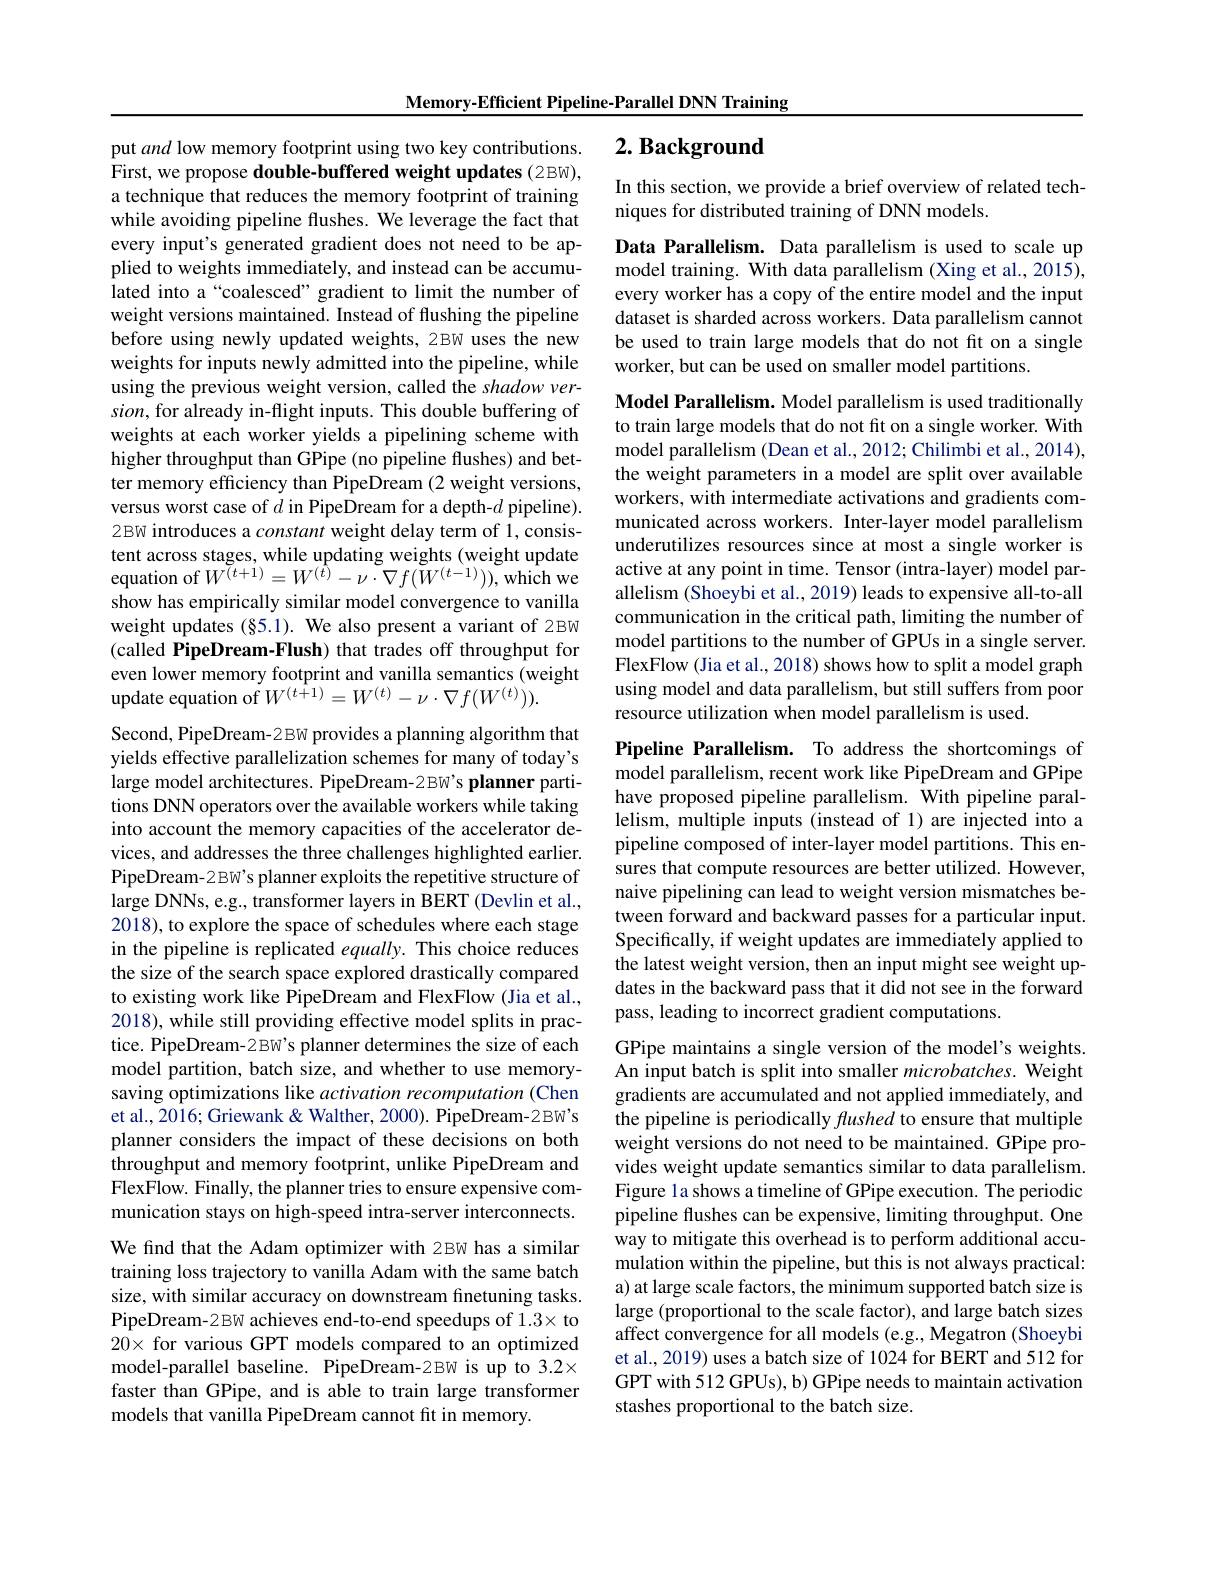
Memory-Efficient Pipeline-Parallel DNN Training

# 2. Background

In this section, we provide a brief overview of related tech-
niques for distributed training of DNN models.

Data Parallelism. Data parallelism is used to scale up model training. With data parallelism (Xing et al., 2015), every worker has a copy of the entire model and the input dataset is sharded across workers. Data parallelism cannot be used to train large models that do not fit on a single worker, but can be used on smaller model partitions.

put and low memory footprint using two key contributions. $\hat{\text{First, we propose double-buffered weight updates (2BW),}}$ a technique that reduces the memory footprint of training while avoiding pipeline flushes. We leverage the fact that every input's generated gradient does not need to be applied to weights immediately, and instead can be accumulated into a“coalesced”gradient to limit the number of weight versions maintained. Instead of flushing the pipeline before using newly updated weights, 2BW uses the new weights for inputs newly admitted into the pipeline, while using the previous weight version, called the shadow ver- $sion$, for already in-flight inputs. This double buffering of weights at each worker yields a pipelining scheme with higher throughput than GPipe (no pipeline flushes) and better memory efficiency than PipeDream (2 weight versions, versus worst case of $d$ in PipeDream for a depth-$d$ pipeline). 2BW introduces a constant weight delay term of 1, consistent across stages, while updating weights (weight update equation of $W^{(t+1)}=W^{(t)}-\nu\cdot\nabla f(W^{(t-1)}))$, which we show has empirically similar model convergence to vanilla weight updates (§5.1). We also present a variant of 2BW (called PipeDream-Flush) that trades off throughput for even lower memory footprint and vanilla semantics (weight update equation of $W^{(t+1)}=W^{(t)}-\nu\cdot\nabla f(W^{(t)})).$
Second, PipeDream-2BW provides a planning algorithm that

Model Parallelism. Model parallelism is used traditionally to train large models that do not fit on a single worker. With model parallelism (Dean et al., 2012; Chilimbi et al., 2014), the weight parameters in a model are split over available workers, with intermediate activations and gradients communicated across workers. Inter-layer model parallelism underutilizes resources since at most a single worker is active at any point in time. Tensor (intra-layer) model parallelism (Shoeybi et al., 2019) leads to expensive all-to-all communication in the critical path, limiting the number of model partitions to the number of GPUs in a single server. FlexFlow (Jia et al., 2018) shows how to split a model graph using model and data parallelism, but still suffers from poor resource utilization when model parallelism is used.

Pipeline Parallelism. To address the shortcomings of model parallelism, recent work like PipeDream and GPipe have proposed pipeline parallelism. With pipeline parallelism, multiple inputs (instead of 1) are injected into a pipeline composed of inter-layer model partitions. This ensures that compute resources are better utilized. However, naive pipelining can lead to weight version mismatches between forward and backward passes for a particular input. Specifically, if weight updates are immediately applied to the latest weight version, then an input might see weight updates in the backward pass that it did not see in the forward pass, leading to incorrect gradient computations.

yields effective parallelization schemes for many of today's large model architectures. PipeDream-2BW's planner partitions DNN operators over the available workers while taking into account the memory capacities of the accelerator devices, and addresses the three challenges highlighted earlier. PipeDream-2BW's planner exploits the repetitive structure of large DNNs, e.g., transformer layers in BERT (Devlin et al., 2018), to explore the space of schedules where each stage in the pipeline is replicated equally. This choice reduces the size of the search space explored drastically compared to existing work like PipeDream and FlexFlow (Jia et al., 2018), while still providing effective model splits in practice. PipeDream-2BW's planner determines the size of each model partition, batch size, and whether to use memorysaving optimizations like activation recomputation (Chen et al., 2016; Griewank & Walther, 2000). PipeDream-2 BW's planner considers the impact of these decisions on both throughput and memory footprint, unlike PipeDream and FlexFlow. Finally, the planner tries to ensure expensive communication stays on high-speed intra-server interconnects. We find that the Adam optimizer with 2Bw has a similar training loss trajectory to vanilla Adam with the same batch size, with similar accuracy on downstream finetuning tasks.

GPipe maintains a single version of the model's weights. An input batch is split into smaller microbatches. Weight gradients are accumulated and not applied immediately, and the pipeline is periodically fushed to ensure that multiple weight versions do not need to be maintained. GPipe provides weight update semantics similar to data parallelism. Figure la shows a timeline of GPipe execution. The periodic pipeline flushes can be expensive, limiting throughput. One way to mitigate this overhead is to perform additional accumulation within the pipeline, but this is not always practical: a) at large scale factors, the minimum supported batch size is large (proportional to the scale factor), and large batch sizes affect convergence for all models (e.g., Megatron (Shoeybi et al., 2019) uses a batch size of 1024 for BERT and 512 for GPT with 512 GPUs), b) GPipe needs to maintain activation stashes proportional to the batch size.

PipeDream-2 BW achieves end-to-end speedups of 1.3× to $20\times$ for various GPT models compared to an optimized model-parallel baseline. PipeDream-2BW is up to 3.2× faster than GPipe, and is able to train large transformer models that vanilla PipeDream cannot fit in memory.